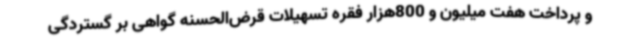
و پرداخت هفت میلیون و 800هزار فقره تسهیلات قرض‌الحسنه گواهی بر گستردگی